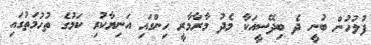
ފުލުހުން ބުނީ ދެ ބިދޭސީއަކާ މެދު މާރާމާރީ ހިންގައި އަނިޔާކުރި ކަމުގެ ތުހުމަތުގައި